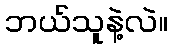
ဘယ်သူနဲ့လဲ။